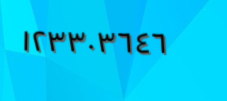
١٢٣٣٠٣٦٤٦